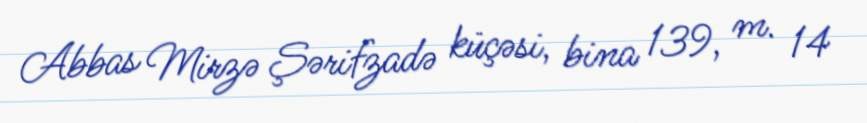
Abbas Mirzə Şərifzadə küçəsi, bina 139, m. 14